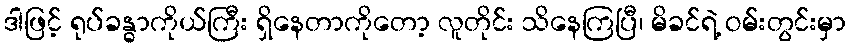
ဒါဖြင့် ရုပ်ခန္ဓာကိုယ်ကြီး ရှိနေတာကိုတော့ လူတိုင်း သိနေကြပြီ၊ မိခင်ရဲ့ ဝမ်းတွင်းမှာ